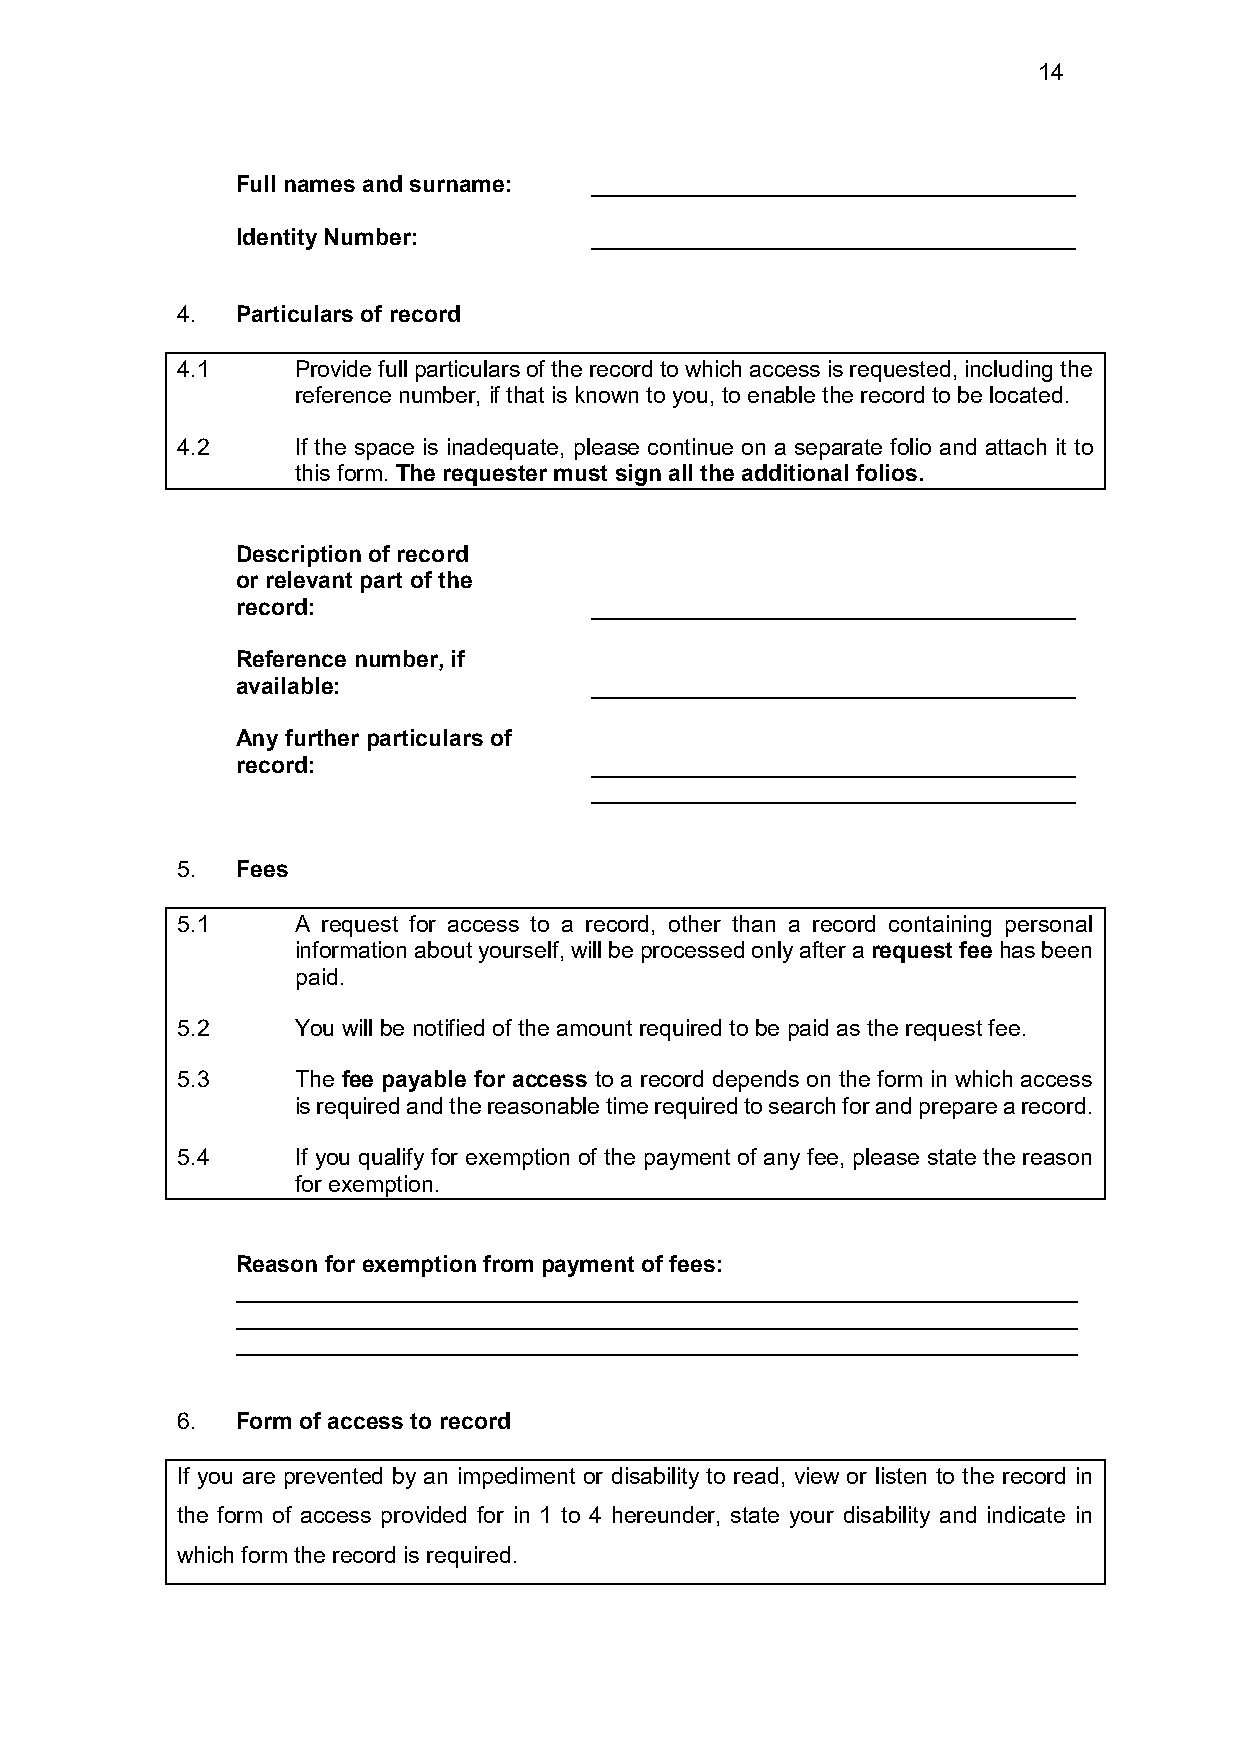
14
 Full names and surname: ______________________________________
 Identity Number:       ______________________________________
 4.  Particulars of record
 4.1     Provide full particulars of the record to which access is requested, including the
 reference number, if that is known to you, to enable the record to be located.
 4.2     If the space is inadequate, please continue on a separate folio and attach it to
 this form. The requester must sign all the additional folios.
 Description of record
 or relevant part of the
 record:                ______________________________________
 Reference number, if
 available:             ______________________________________
 Any further particulars of
 record:                ______________________________________
 ______________________________________
 5.  Fees
 5.1     A request for access to a record, other than a record containing personal
 information about yourself, will be processed only after a request fee has been
 paid.
 5.2     You will be notified of the amount required to be paid as the request fee.
 5.3     The fee payable for access to a record depends on the form in which access
 is required and the reasonable time required to search for and prepare a record.
 5.4     If you qualify for exemption of the payment of any fee, please state the reason
 for exemption.
 Reason for exemption from payment of fees:
 __________________________________________________________________
 __________________________________________________________________
 __________________________________________________________________
 6.  Form of access to record
 If you are prevented by an impediment or disability to read, view or listen to the record in
 the form of access provided for in 1 to 4 hereunder, state your disability and indicate in
 which form the record is required.